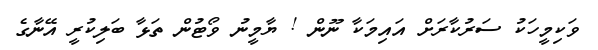
ވަކިމީހަކު ސަރުކާރަށް އައިމަކާ ނޫން ! ޔާމީނު ވޯޓުން ތަޅާ ބަލިކުރީ އޭނާގެ